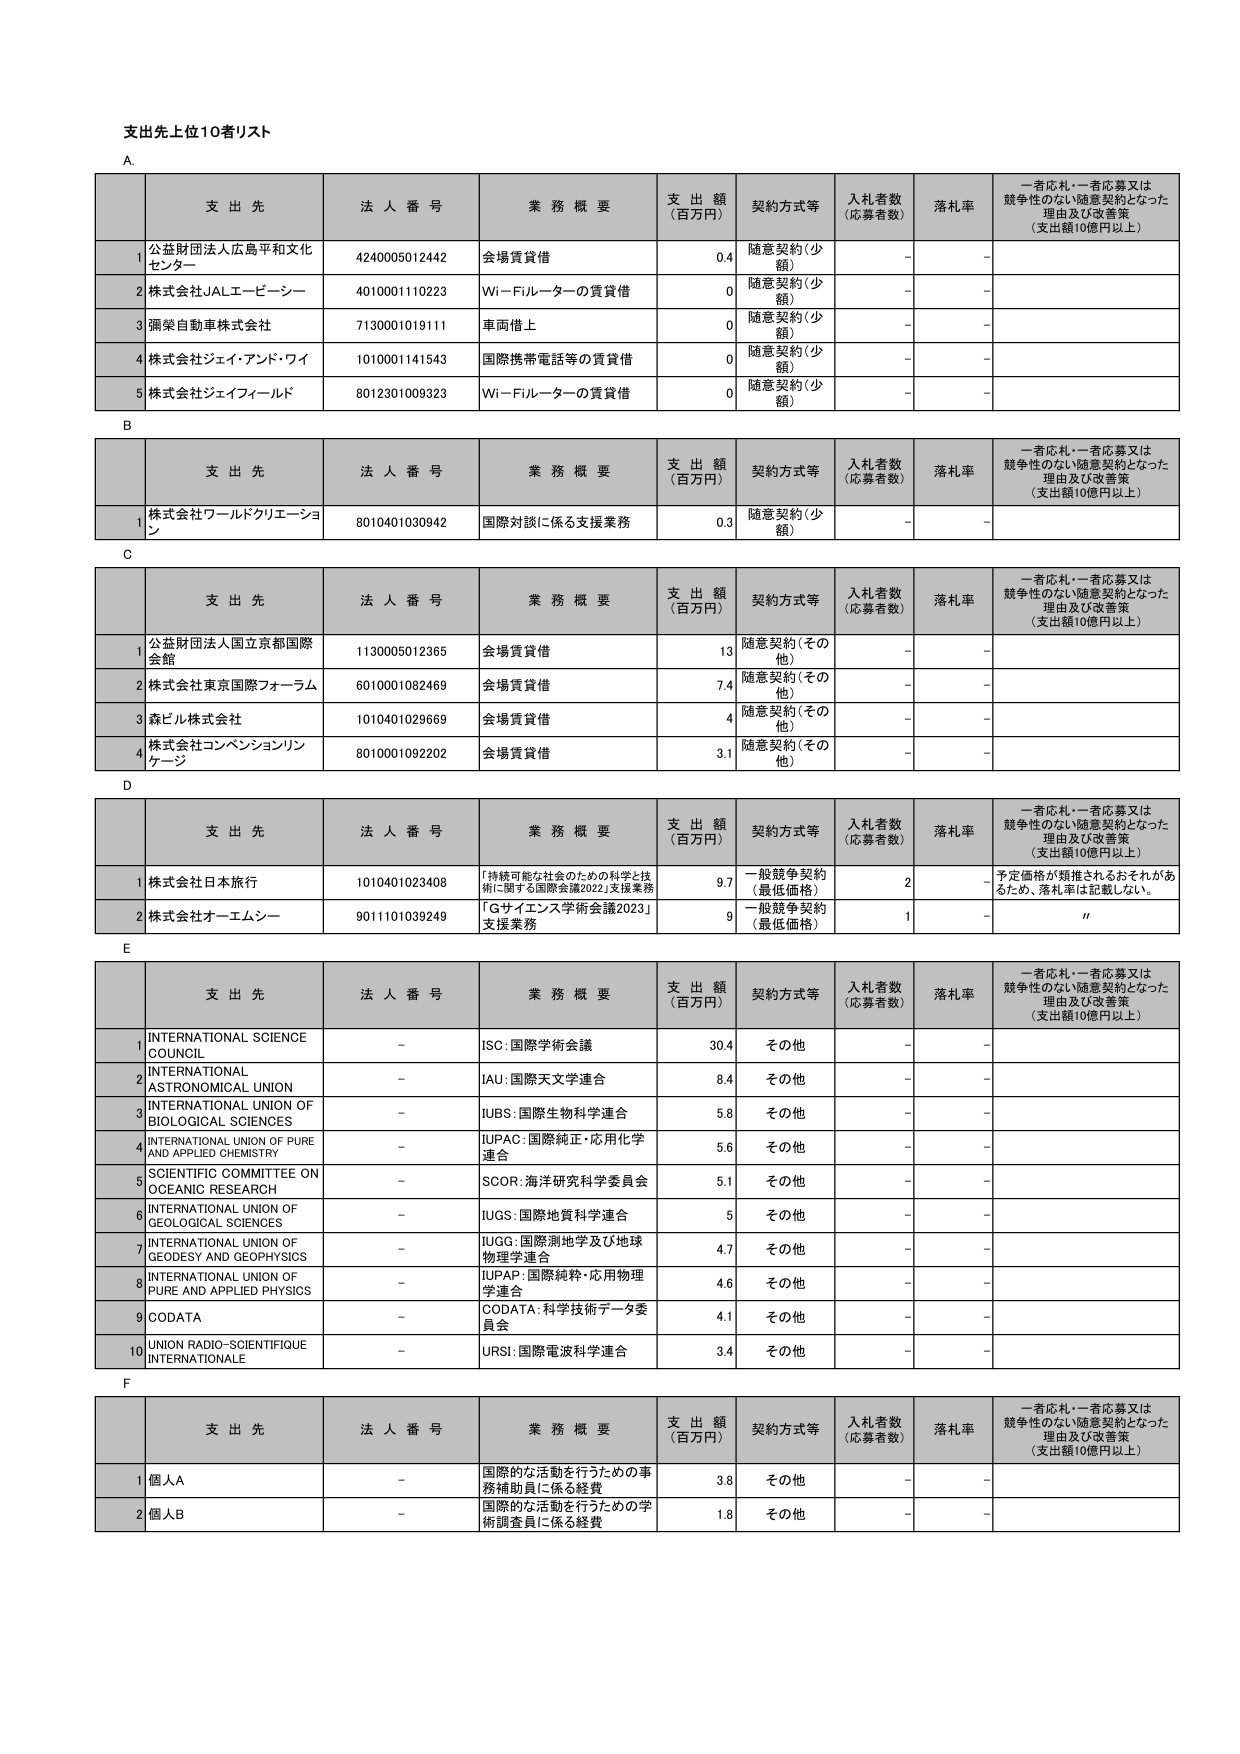
支出先上位10者リスト

A.
支 出 先 法 人 番 号 業 務 概 要 支 出 額 （百万円） 契約方式等 入札者数 （応募者数） 落札率 一者応札・一者応募又は競争性のない随意契約となった理由及び改善策 （支出額10億円以上）
1 公益財団法人広島平和文化センター 4240005012442 会場賃貸借 0.4 随意契約（少額） - -
2 株式会社JALエービーシー 4010001110223 Wi－Fiルーターの賃貸借 0 随意契約（少額） - -
3 ㈱榮自動車株式会社 7130001019111 車両借上 0 随意契約（少額） - -
4 株式会社ジェイ・アンド・ワイ 1010001141543 国際携帯電話等の賃貸借 0 随意契約（少額） - -
5 株式会社ジェイフィールド 8012301009323 Wi－Fiルーターの賃貸借 0 随意契約（少額） - -

B
支 出 先 法 人 番 号 業 務 概 要 支 出 額 （百万円） 契約方式等 入札者数 （応募者数） 落札率 一者応札・一者応募又は競争性のない随意契約となった理由及び改善策 （支出額10億円以上）
1 株式会社ワールドクリエーション 8010401030942 国際対談に係る支援業務 0.3 随意契約（少額） - -

C
支 出 先 法 人 番 号 業 務 概 要 支 出 額 （百万円） 契約方式等 入札者数 （応募者数） 落札率 一者応札・一者応募又は競争性のない随意契約となった理由及び改善策 （支出額10億円以上）
1 公益財団法人国立京都国際会館 1130005012365 会場賃貸借 13 随意契約（その他） - -
2 株式会社東京国際フォーラム 6010001082469 会場賃貸借 7.4 随意契約（その他） - -
3 森ビル株式会社 1010401029669 会場賃貸借 4 随意契約（その他） - -
4 株式会社コンベンションリンケージ 8010001092202 会場賃貸借 3.1 随意契約（その他） - -

D
支 出 先 法 人 番 号 業 務 概 要 支 出 額 （百万円） 契約方式等 入札者数 （応募者数） 落札率 一者応札・一者応募又は競争性のない随意契約となった理由及び改善策 （支出額10億円以上）
1 株式会社日本旅行 1010401023408 「持続可能な社会のための科学と技術に関する国際会議2022」支援業務 9.7 一般競争契約（最低価格） 2 - 予定価格が競推されるおそれがあるため、落札率は記載しない。
2 株式会社オーエムシー 9011101039249 「Gサイエンス学術会議2023」支援業務 9 一般競争契約（最低価格） 1 - //

E
支 出 先 法 人 番 号 業 務 概 要 支 出 額 （百万円） 契約方式等 入札者数 （応募者数） 落札率 一者応札・一者応募又は競争性のない随意契約となった理由及び改善策 （支出額10億円以上）
1 INTERNATIONAL SCIENCE COUNCIL - ISC：国際学術会議 30.4 その他 - -
2 INTERNATIONAL ASTRONOMICAL UNION - IAU：国際天文学連合 8.4 その他 - -
3 INTERNATIONAL UNION OF BIOLOGICAL SCIENCES - IUBS：国際生物科学連合 5.8 その他 - -
4 INTERNATIONAL UNION OF PURE AND APPLIED CHEMISTRY - IUPAC：国際純正・応用化学連合 5.6 その他 - -
5 SCIENTIFIC COMMITTEE ON OCEANIC RESEARCH - SCOR：海洋研究科学委員会 5.1 その他 - -
6 INTERNATIONAL UNION OF GEOLOGICAL SCIENCES - IUGS：国際地質科学連合 5 その他 - -
7 INTERNATIONAL UNION OF GEODESY AND GEOPHYSICS - IUGG：国際測地学及び地球物理学連合 4.7 その他 - -
8 INTERNATIONAL UNION OF PURE AND APPLIED PHYSICS - IUPAP：国際純粋・応用物理学連合 4.6 その他 - -
9 CODATA - CODATA：科学技術データ委員会 4.1 その他 - -
10 UNION RADIO-SCIENTIFIQUE INTERNATIONALE - URSI：国際電波科学連合 3.4 その他 - -

F
支 出 先 法 人 番 号 業 務 概 要 支 出 額 （百万円） 契約方式等 入札者数 （応募者数） 落札率 一者応札・一者応募又は競争性のない随意契約となった理由及び改善策 （支出額10億円以上）
1 個人A - 国際的な活動を行うための事務補助員に係る経費 3.8 その他 - -
2 個人B - 国際的な活動を行うための学術調査員に係る経費 1.8 その他 - -